Madras plague regulations and rules for the city of Madras
Disease focus: Plague
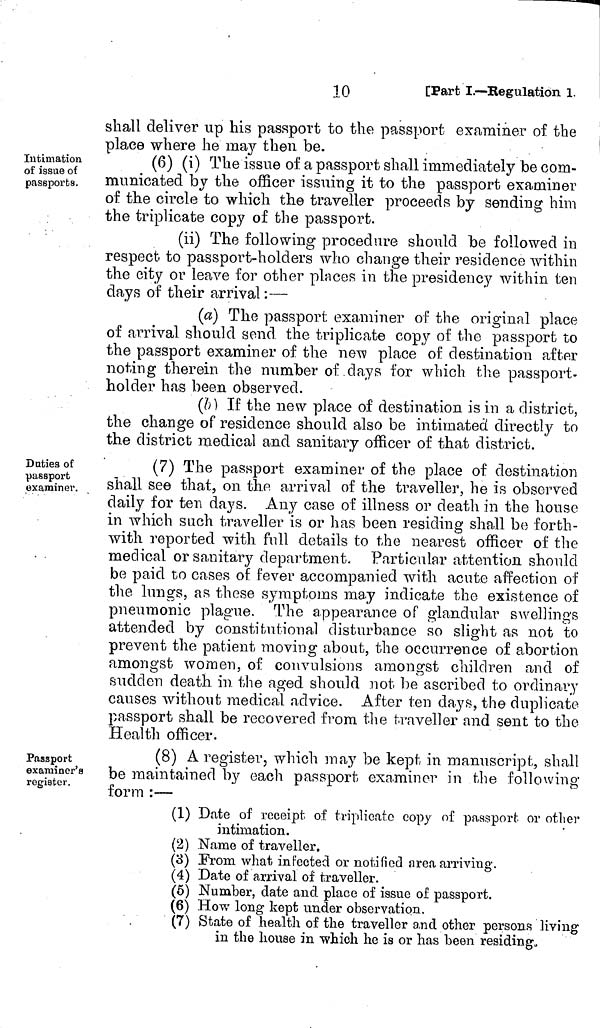
shall deliver up his passport to the passport examiner of the
place where he may then be.
Intimation
of issue of
passports.
(6) (i) The issue of a passport shall immediately be com-
municated by the officer issuing it to the passport examiner
of the circle to which the traveller proceeds by sending him
the triplicate copy of the passport.
(ii) The following procedure should be followed in
respect to passport-holders who change their residence within
the city or leave for other places in the presidency within ten
days of their arrival :—
(a) The passport examiner of the original place
of arrival should send the triplicate copy of the passport to
the passport examiner of the new place of destination after
noting therein the number of days for which the passport-
holder has been observed.
(b) If the new place of destination is in a district,
the change of residence should also be intimated directly to
the district medical and sanitary officer of that district.
Duties of
passport
examiner.
(7) The passport examiner of the place of destination
shall see that, on the arrival of the traveller, he is observed
daily for ten days. Any case of illness or death in the house
in which such traveller is or has been residing shall be forth-
with reported with full details to the nearest officer of the
medical or sanitary department. Particular attention should
be paid to cases of fever accompanied with acute affection of
the lungs, as these symptoms may indicate the existence of
pneumonic plague. The appearance of glandular swellings
attended by constitutional disturbance so slight as not to
prevent the patient moving about, the occurrence of abortion
amongst women, of convulsions amongst children and of
sudden death in the aged should not be ascribed to ordinary
causes without medical advice. After ten days, the duplicate
passport shall be recovered from the traveller and sent to the
Health officer.
Passport
examiner's
register.
(8) A register, which may be kept in manuscript, shall
be maintained by each passport examiner in the following-
form :—
(1) Date of receipt of triplicate copy of passport or other
intimation.
(2) Name of traveller.
(3) From what infected or notified area arriving.
(4) Date of arrival of traveller.
(5) Number, date and place of issue of passport.
(6) How long kept under observation.
(7) State of health of the traveller and other persons living
in the house in which he is or has been residing.